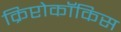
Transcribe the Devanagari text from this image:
क्रिप्टोकॉकिस